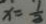
x = \frac { 1 } { 3 }